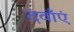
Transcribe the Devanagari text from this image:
दवाँएं